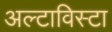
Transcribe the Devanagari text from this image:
अल्टाविस्टा